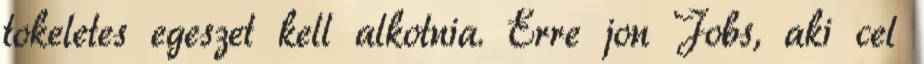
tokeletes egeszet kell alkotnia. Erre jon Jobs, aki cel